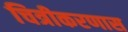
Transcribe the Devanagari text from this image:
चित्रीकरणास